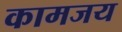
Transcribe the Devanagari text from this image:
कामजय